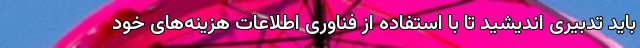
باید تدبیری اندیشید تا با استفاده از فناوری اطلاعات هزینه‌های خود